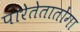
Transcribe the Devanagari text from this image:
पारेतेतातोंगा